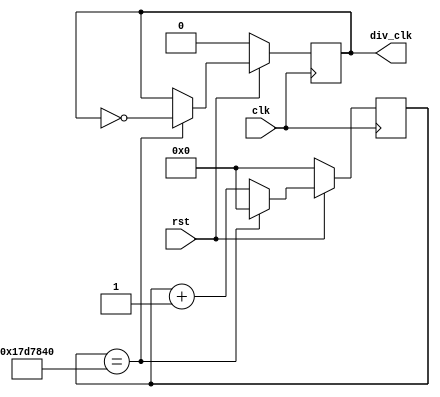
`define TimeExpire 32'd25000000

module Clk_div(clk,rst,div_clk);
input clk, rst;
output div_clk;

reg div_clk;
reg [31:0]count;

always@(posedge clk)
begin
    if(!rst)
    begin
        count <= 32'd0;
        div_clk <= 1'b0;
    end
    else
    begin
        if(count == `TimeExpire)
        begin
            count <= 32'd0;
            div_clk <= ~div_clk;
        end
        else
        begin
            count <= count + 32'd1;
        end
    end
end
endmodule


module Display(count, out);
input [3:0] count;
output reg [6:0]out;

always@(*) begin
    case(count)
    4'd0 : out =  7'b0000001 ;
    4'd1 : out =  7'b1001111 ;
    4'd2 : out =  7'b0010010 ;
    4'd3 : out =  7'b0000110 ;
    4'd4 : out =  7'b1001100 ;
    4'd5 : out =  7'b0100100 ;
    4'd6 : out =  7'b0100000 ;
    4'd7 : out =  7'b0001111 ;
    4'd8 : out =  7'b0000000 ;
    4'd9 : out =  7'b0000100 ;
    4'd10 : out = 7'b0001000 ;
    4'd11 : out = 7'b1100000 ;
    4'd12 : out = 7'b0110001 ;
    4'd13 : out = 7'b1000010 ;
    4'd14 : out = 7'b0110000 ;
    4'd15 : out = 7'b0111000 ;
    
    endcase
    
end
endmodule


module counter(clk, rst, out);
input clk, rst;
wire clk_div;
output [6:0]out;
reg [3:0]count;

Clk_div clock_div(.clk(clk), .rst(rst), .div_clk(clk_div));
Display display(.count(count), .out(out));

always@(posedge clk_div)
begin
    if(!rst)
    begin
        count <= 4'd0;
    end
    else
    begin
        if(count == 4'd15)
        begin
            count <= 4'd0;
        end
        else
        begin
        count <= count +4'd1;
        end
    end
    
end
endmodule